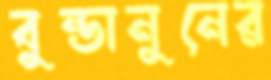
বুন্ডানুনের